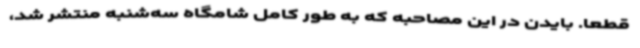
قطعا. بایدن در این مصاحبه که به طور کامل شامگاه سه‌شنبه منتشر شد،